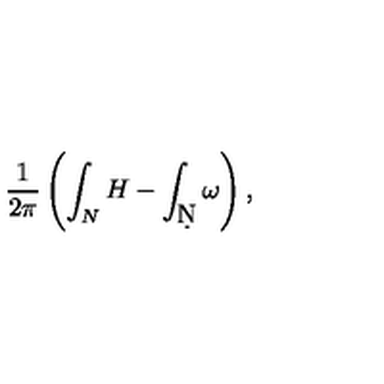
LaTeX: \frac { 1 } { 2 \pi } \left( \int _ { N } H - \int _ { \d N } \omega \right) ,